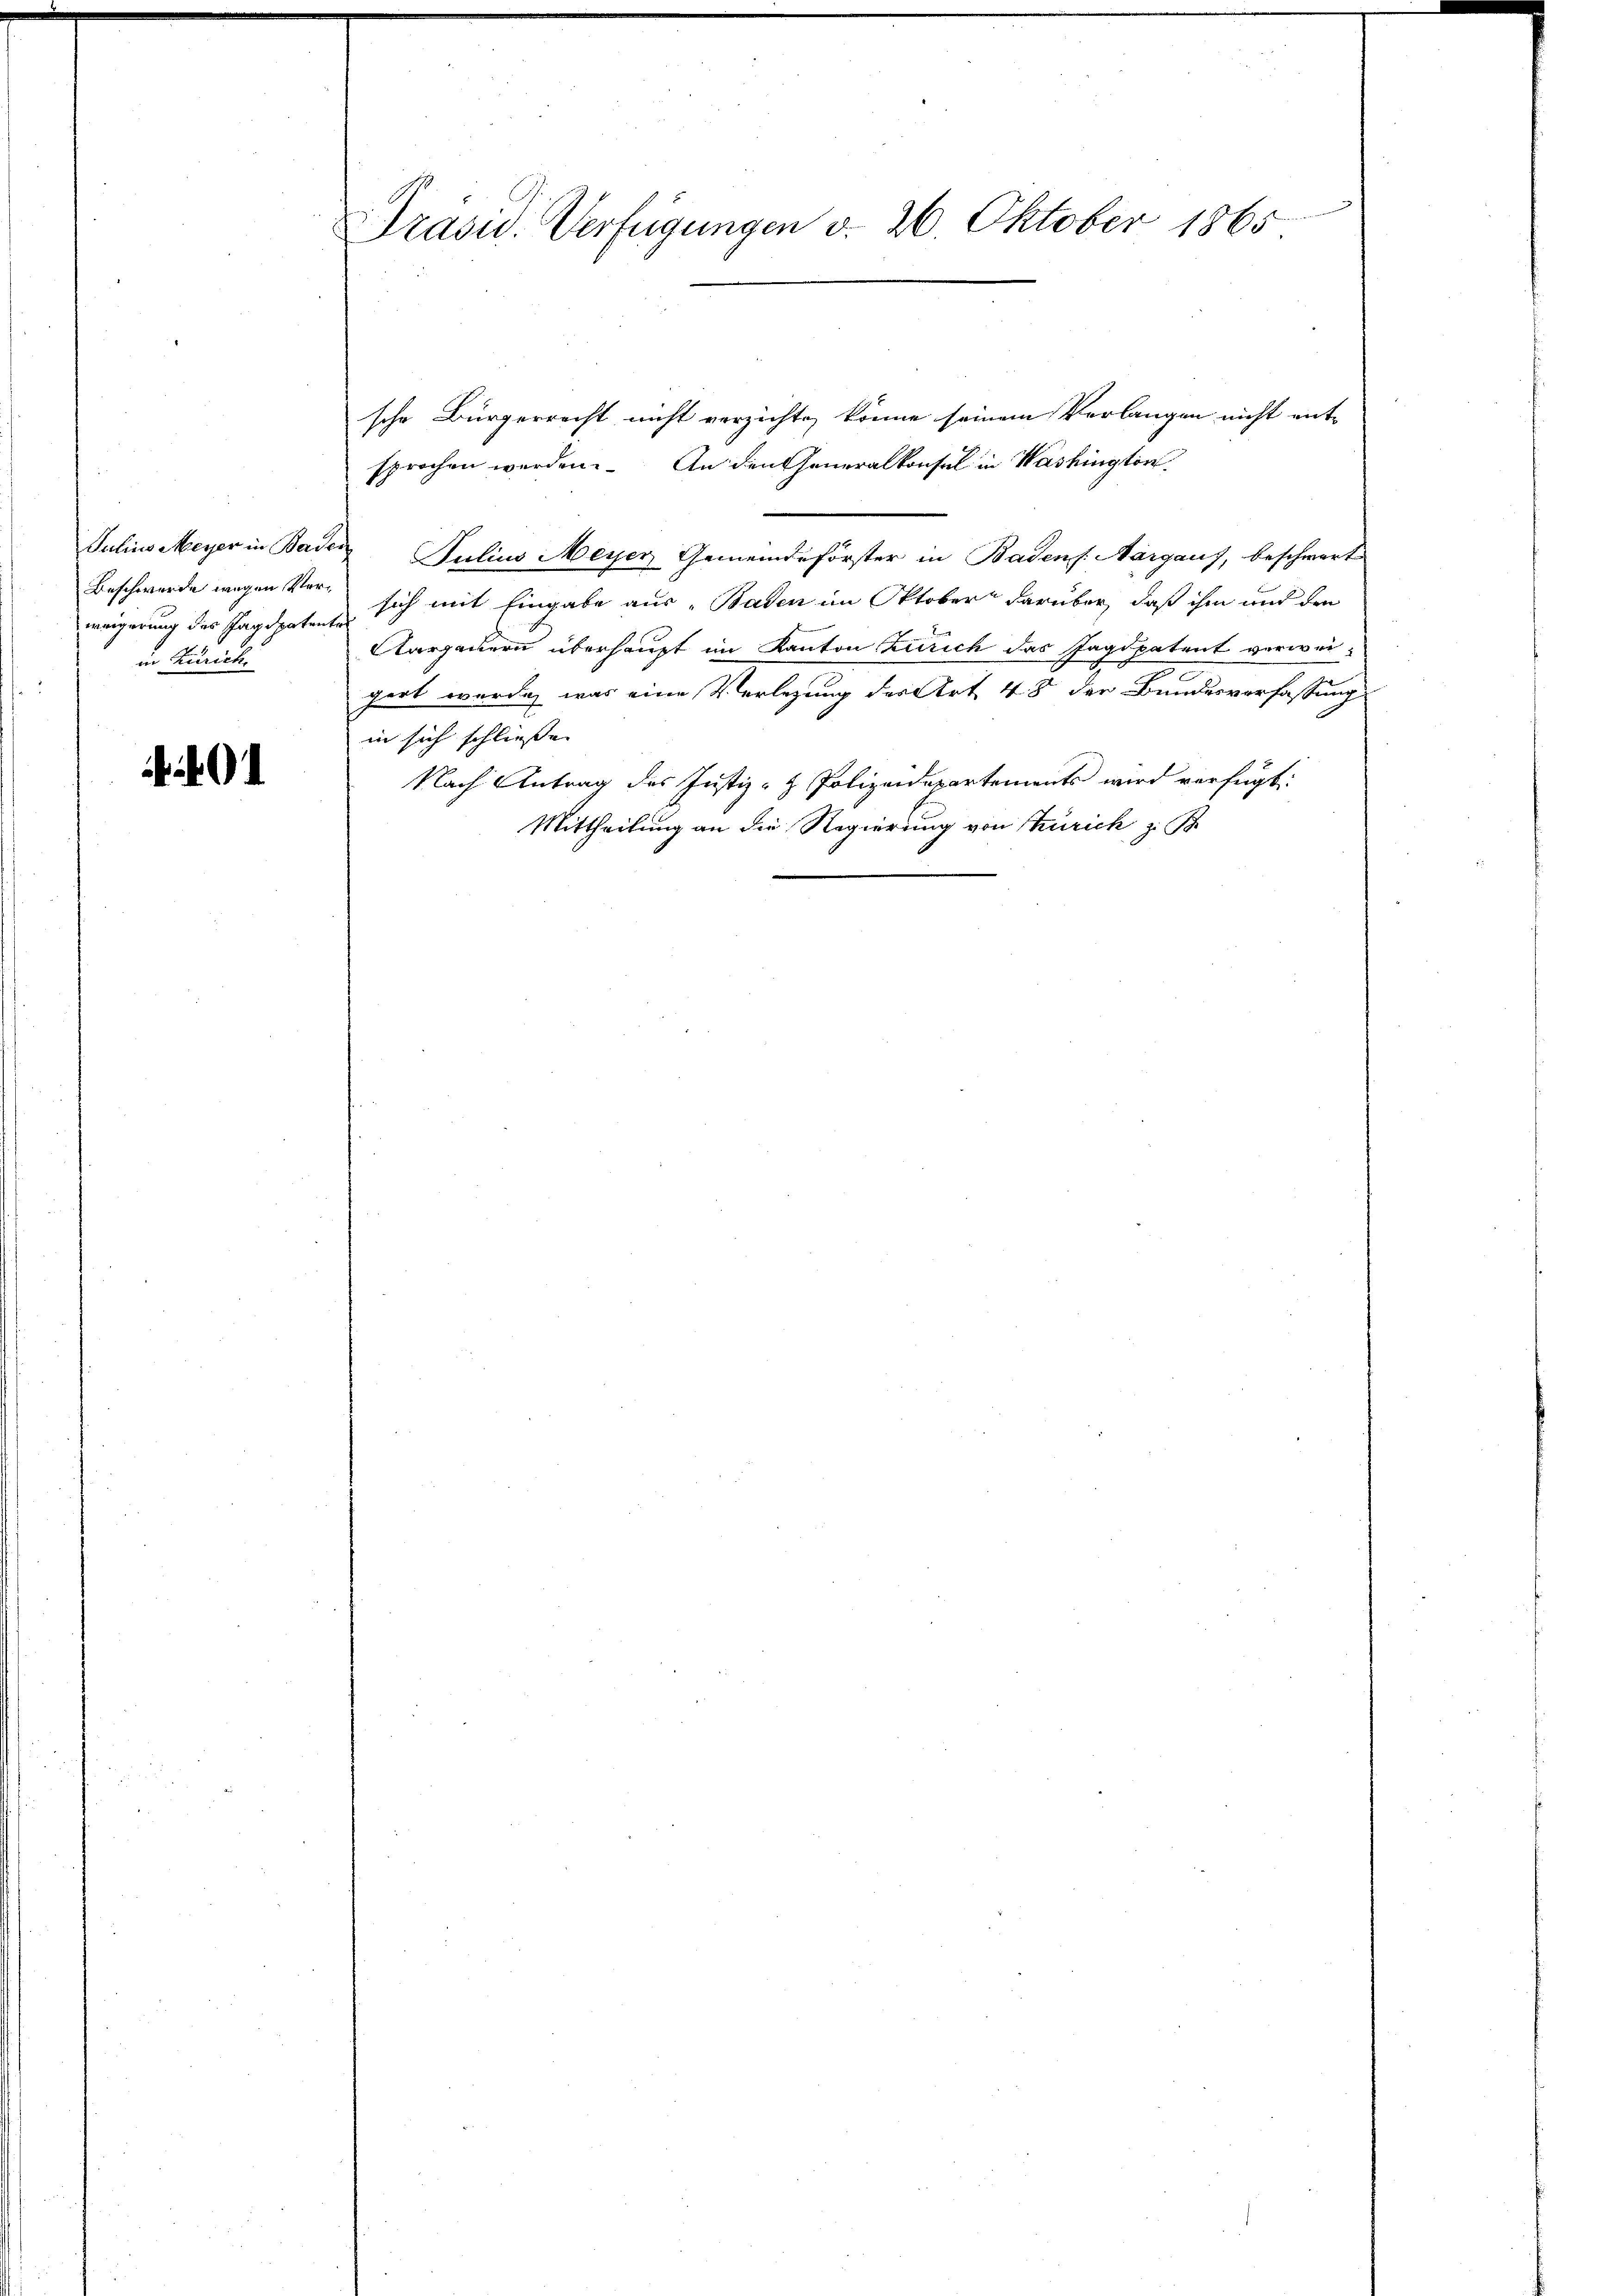
Beschwerde wegen Verin Zürich

04

Präsid. Verfügungen v. 26. Oktober 1865

sprochen werden. An den Generalkonsul in Washington
Julius Meyer in Baden Julius Meyer Gemeindeförster in Badens. Aargaus, beschwart
weigerung des Jagdpaten sich mit Eingabe aus Baden im Oktober darüber, daß ihm und den
Aargauern überhaupt im Kanton Zürich das Jagdpatent verweigert würde, was eine Verlegung des Art 48 der Bundesverfassung
in sich schliessen |
Nach Antrag des Justiz- & Polizeidepartements wird verfügt:
Mittheilung an die Regierung von Zürich z. B.

sche Bürgerrecht nicht verzichte, könne seinem Verlangen nicht ent-